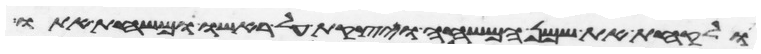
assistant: ולקחת את שמן המשחה ויצקת על ראשו ומשחת אתו